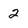
Character: 2